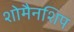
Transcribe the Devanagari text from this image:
शोमैनशिप